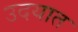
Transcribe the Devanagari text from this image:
उदयात